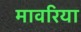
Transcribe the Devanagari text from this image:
मावरिया